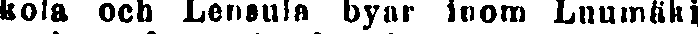
kola och Lensula byar inom Luumäki